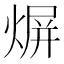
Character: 𤋊